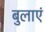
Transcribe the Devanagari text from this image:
बुलाएं